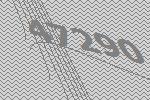
47290